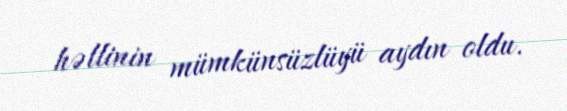
həllinin mümkünsüzlüyü aydın oldu.